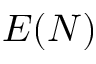
E ( N )